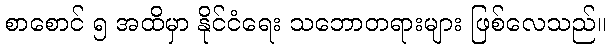
စာစောင် ၅ အထိမှာ နိုင်ငံရေး သဘောတရားများ ဖြစ်လေသည်။